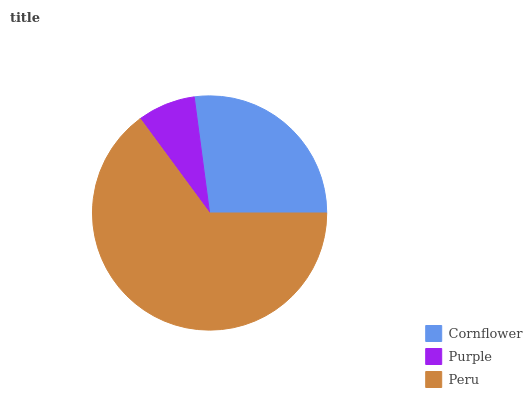
| Cornflower | Purple | Peru |
 | --- | --- | --- |
 | 27.1% | 8.01% | 64.9% |